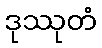
ဒုဿုတံ